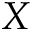
X